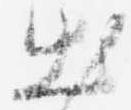
出